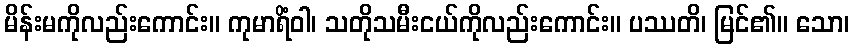
မိန်းမကိုလည်းကောင်း။ ကုမာရိံဝါ၊ သတိုသမီးငယ်ကိုလည်းကောင်း။ ပဿတိ၊ မြင်၏။ သော၊